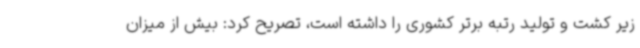
زیر کشت و تولید رتبه برتر کشوری را داشته است، تصریح کرد: بیش از میزان